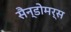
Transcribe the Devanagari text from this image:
सैन्डोमर्स